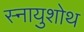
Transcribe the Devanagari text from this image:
स्नायुशोथ